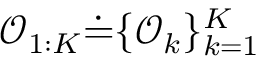
\mathcal { O } _ { 1 : K } \dot { = } \{ \mathcal { O } _ { k } \} _ { k = 1 } ^ { K }